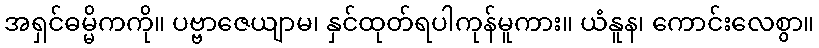
အရှင်ဓမ္မိကကို။ ပဗ္ဗာဇေယျာမ၊ နှင်ထုတ်ရပါကုန်မူကား။ ယံနူန၊ ကောင်းလေစွာ။